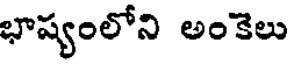
భాష్యంలోని అంకెలు